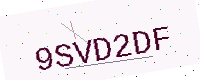
Text: 9SVD2DF